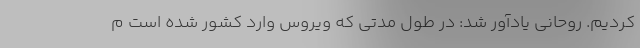
کردیم. روحانی یادآور شد: در طول مدتی که ویروس وارد کشور شده است م